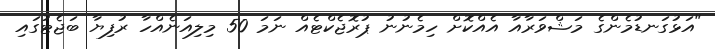
"އަޅުގަނޑުމެންގެ މަޝްވަރާއާ އެއްކޮށް ހިމެނުނު ޕުރޮޖެކްޓެއް ނަމަ 50 މިލިއަނެއްހާ ރުފިޔާ ބަޖެޓުގައި